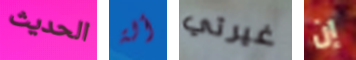
الحديث ألة غيرتي إن